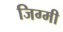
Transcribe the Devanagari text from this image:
जिग्मी